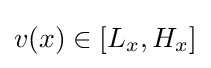
v(x)\in [L_{x},H_{x}]